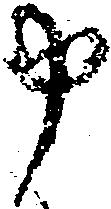
申